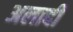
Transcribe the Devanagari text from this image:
अलादी